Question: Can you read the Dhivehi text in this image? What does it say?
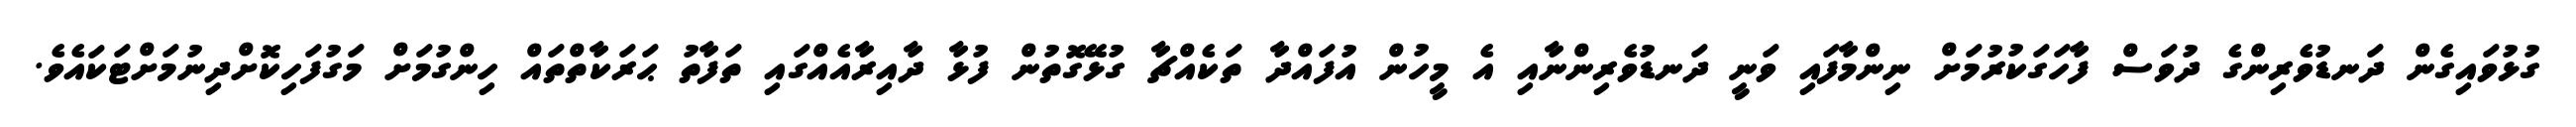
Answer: ގުޅުވައިގެން ދަނޑުވެރިންގެ ދުވަސް ފާހަގަކުރުމަށް ނިންމާފައި ވަނީ ދަނޑުވެރިންނާއި އެ މީހުން އުފައްދާ ތަކެއްޗާ ގުޅޭގޮތުން ފުޅާ ދާއިރާއެއްގައި ތަފާތު ޙަރަކާތްތައް ހިންގުމަށް މަގުފަހިކޮށްދިނުމަށްޓަކައެވެ.